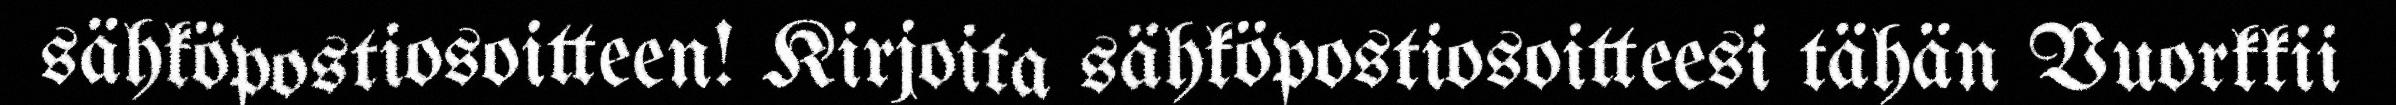
sähköpostiosoitteen! Kirjoita sähköpostiosoitteesi tähän Vuorkkii